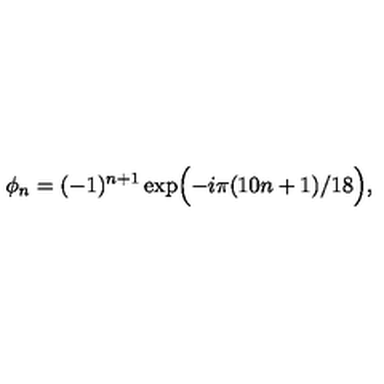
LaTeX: \phi _ { n } = ( - 1 ) ^ { n + 1 } \exp \Bigl ( - i \pi ( 1 0 n + 1 ) / 1 8 \Bigr ) ,